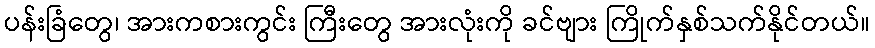
ပန်းခြံတွေ၊ အားကစားကွင်း ကြီးတွေ အားလုံးကို ခင်ဗျား ကြိုက်နှစ်သက်နိုင်တယ်။